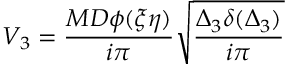
V _ { 3 } = \frac { M D \phi ( \xi \eta ) } { i \pi } { \sqrt { \frac { \Delta _ { 3 } \delta ( \Delta _ { 3 } ) } { i \pi } } }